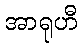
အာရုဟီ